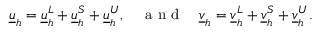
\begin{array} { r } { \underline { { u } } _ { h } = \underline { { u } } _ { h } ^ { L } + \underline { { u } } _ { h } ^ { S } + \underline { { u } } _ { h } ^ { U } , \quad \textrm { a n d } \quad \underline { { v } } _ { h } = \underline { { v } } _ { h } ^ { L } + \underline { { v } } _ { h } ^ { S } + \underline { { v } } _ { h } ^ { U } . } \end{array}